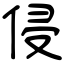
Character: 侵